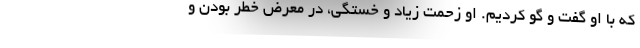
که با او گفت و گو کردیم. او زحمت زیاد و خستگی، در معرض خطر بودن و